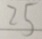
2 5